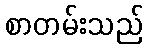
စာတမ်းသည်